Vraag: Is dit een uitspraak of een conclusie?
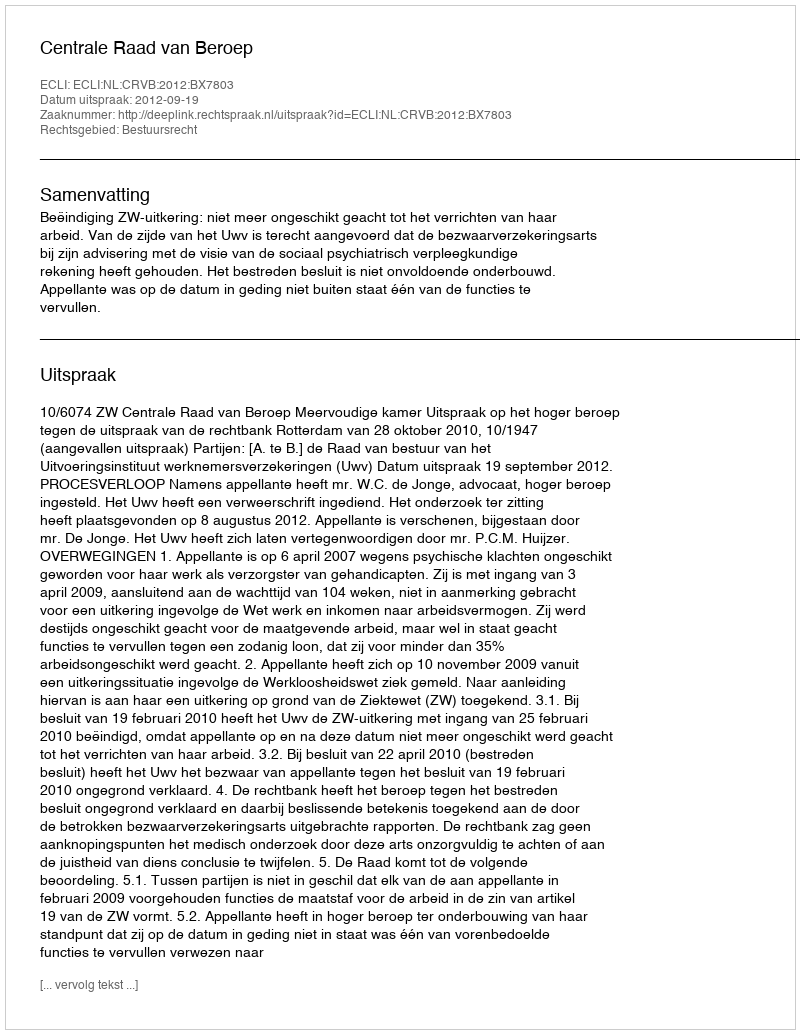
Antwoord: Uitspraak